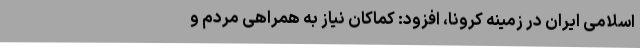
اسلامی ایران در زمینه کرونا، افزود: کماکان نیاز به همراهی مردم و